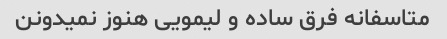
متاسفانه فرق ساده و لیمویی هنوز نمیدونن